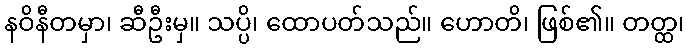
နဝိနီတမှာ၊ ဆီဦးမှ။ သပ္ပိ၊ ထောပတ်သည်။ ဟောတိ၊ ဖြစ်၏။ တတ္ထ၊